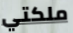
ملكتي